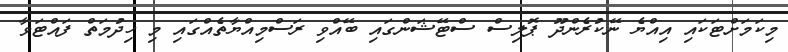
މިކަމަށްޓަކައި އިއްޔެ ނޭކުރެންދޫ ޕޮލިސް ސްޓޭޝަންގައި ބޭއްވި ރަސްމިއްޔާތެއްގައި މި ހިދުމަތް ފައްޓަވާ